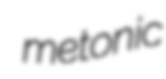
metonic